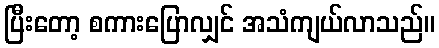
ပြီးတော့ စကားပြောလျှင် အသံကျယ်လာသည်။